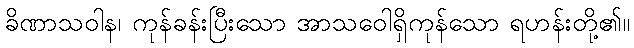
ခိဏာသဝါန၊ ကုန်ခန်းပြီးသော အာသဝေါရှိကုန်သော ရဟန်းတို့၏။